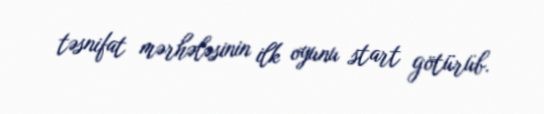
təsnifat mərhələsinin ilk oyunu start götürüb.